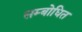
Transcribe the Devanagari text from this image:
सम्‍बोधित